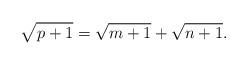
LaTeX: \begin{align*}\sqrt{p+1}=\sqrt{m+1}+\sqrt{n+1}.\end{align*}